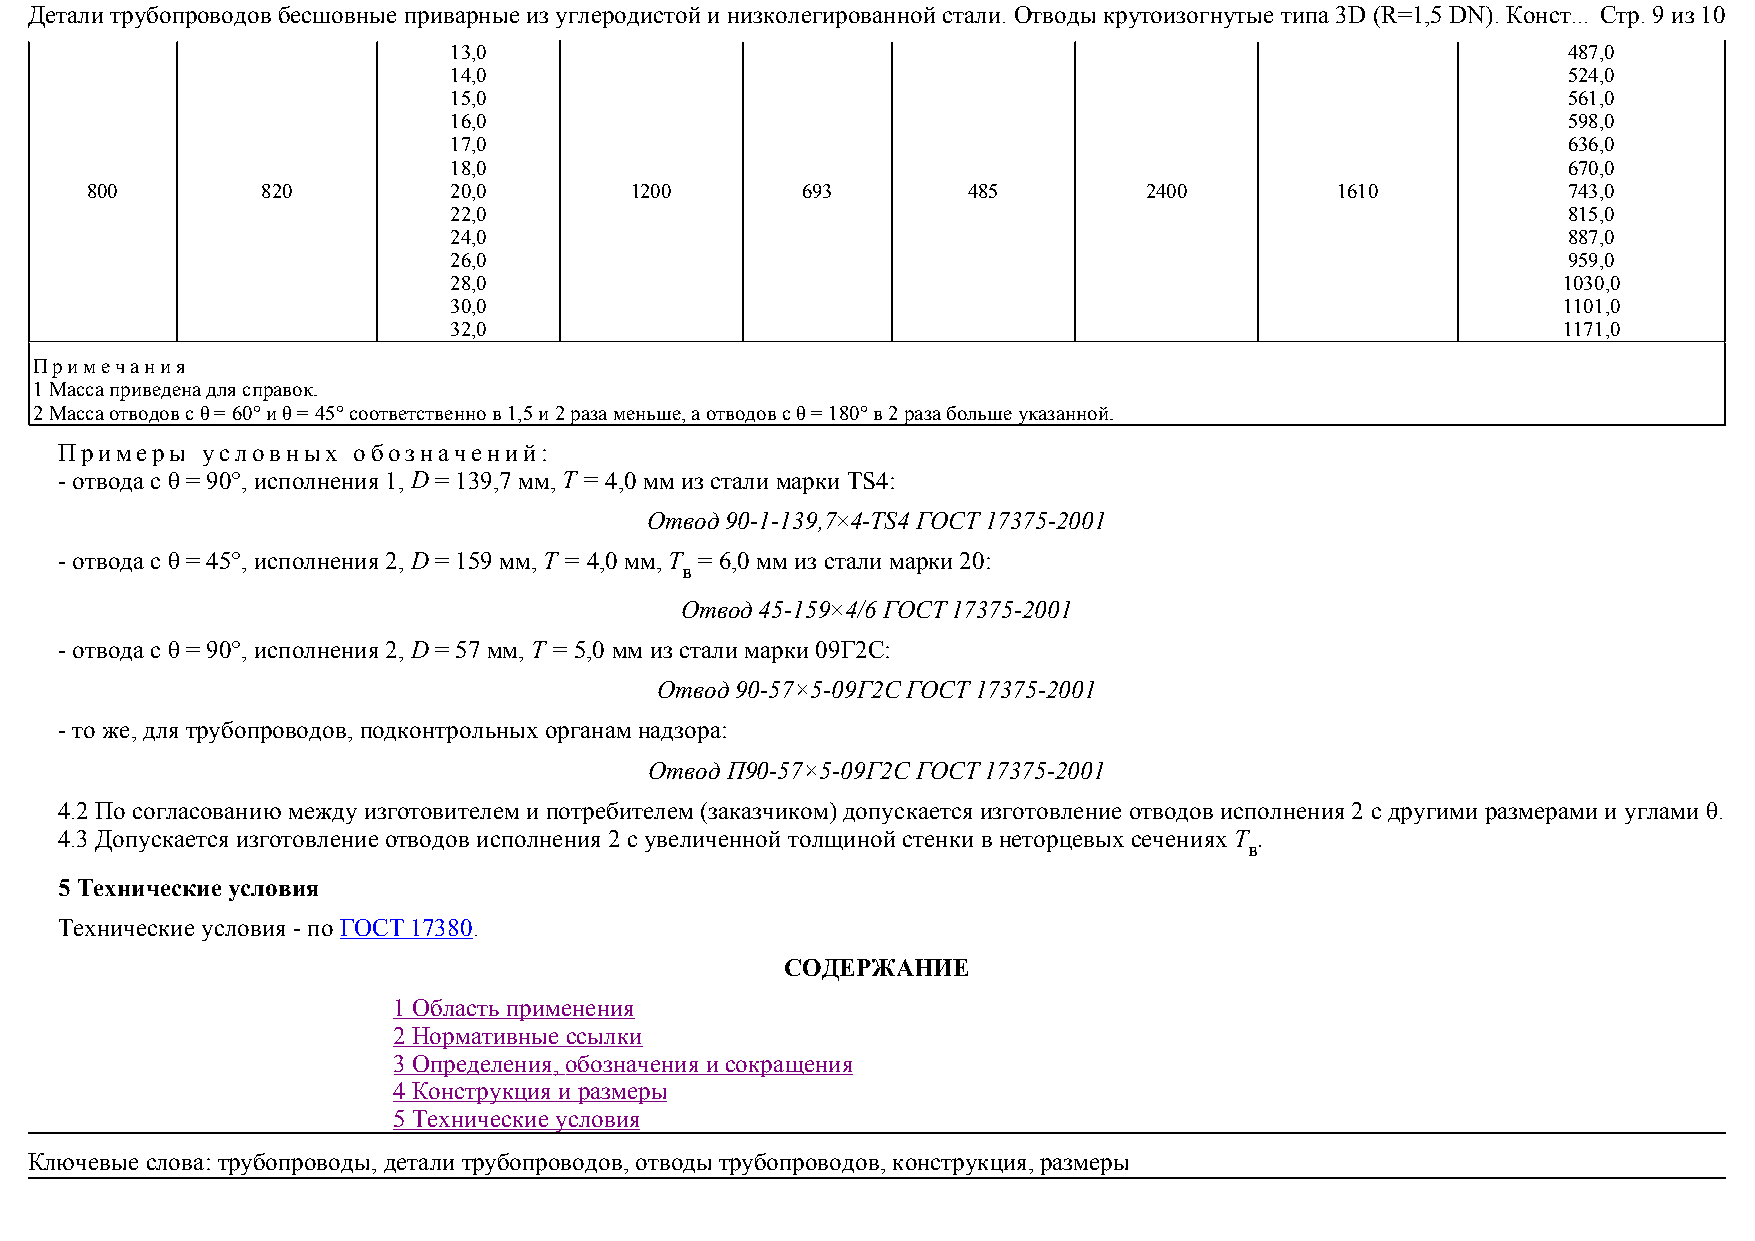
Детали трубопроводов бесшовные приварные из углеродистой и низколегированной стали. Отводы крутоизогнутые типа 3D (R=1,5 DN). Конст... Стр. 9 из 10
 13,0                                                                      487,0
 14,0                                                                      524,0
 15,0                                                                      561,0
 16,0                                                                      598,0
 17,0                                                                      636,0
 18,0                                                                      670,0
 800        820          20,0        1200       693        485         2400        1610            743,0
 22,0                                                                      815,0
 24,0                                                                      887,0
 26,0                                                                      959,0
 28,0                                                                     1030,0
 30,0                                                                     1101,0
 32,0                                                                     1171,0
 Примечания
 1 Масса приведена для справок.
 2 Масса отводов с θ = 60°и θ = 45°соответственно в 1,5 и 2 раза меньше, а отводов с θ = 180°в 2 раза больше указанной.
 Примеры  условных  обозначений:
 - отвода с θ = 90°, исполнения 1, D = 139,7 мм, Т = 4,0 мм из стали марки TS4:
 Отвод 90-1-139,7×4-TS4 ГОСТ 17375-2001
 - отвода с θ = 45°, исполнения 2, D = 159 мм, Т = 4,0 мм, Т = 6,0 мм из стали марки 20:
 в
 Отвод 45-159×4/6 ГОСТ 17375-2001
 - отвода с θ = 90°, исполнения 2, D = 57 мм, Т = 5,0 мм из стали марки 09Г2С:
 Отвод 90-57×5-09Г2С ГОСТ 17375-2001
 - то же, для трубопроводов, подконтрольных органам надзора:
 Отвод П90-57×5-09Г2С ГОСТ 17375-2001
 4.2 По согласованию между изготовителем и потребителем (заказчиком) допускается изготовление отводов исполнения 2 с другими размерами и углами θ.
 4.3 Допускается изготовление отводов исполнения 2 с увеличенной толщиной стенки в неторцевых сечениях Т .
 в
 5 Технические условия
 Технические условия - по ГОСТ 17380.
 СОДЕРЖАНИЕ
 1 Область применения
 2 Нормативные ссылки
 3 Определения, обозначения и сокращения
 4 Конструкция и размеры
 5 Технические условия
 Ключевые слова: трубопроводы, детали трубопроводов, отводы трубопроводов, конструкция, размеры